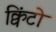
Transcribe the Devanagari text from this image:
क्विंटो